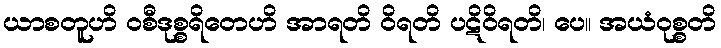
ယာစတူဟိ ဝစီဒုစ္စရိတေဟိ အာရတိ ဝိရတိ ပဋိဝိရတိ၊ ပေ။ အယံဝုစ္စတိ